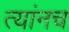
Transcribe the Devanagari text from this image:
त्यांनच